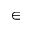
\in